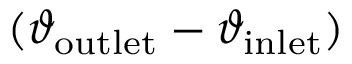
( \vartheta _ { \mathrm { o u t l e t } } - \vartheta _ { \mathrm { i n l e t } } )